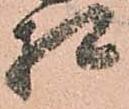
相